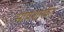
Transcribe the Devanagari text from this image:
सायंशाखेत